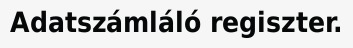
Adatszámláló regiszter.